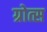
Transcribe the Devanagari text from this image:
ग्रोत्स